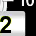
Digit: 2